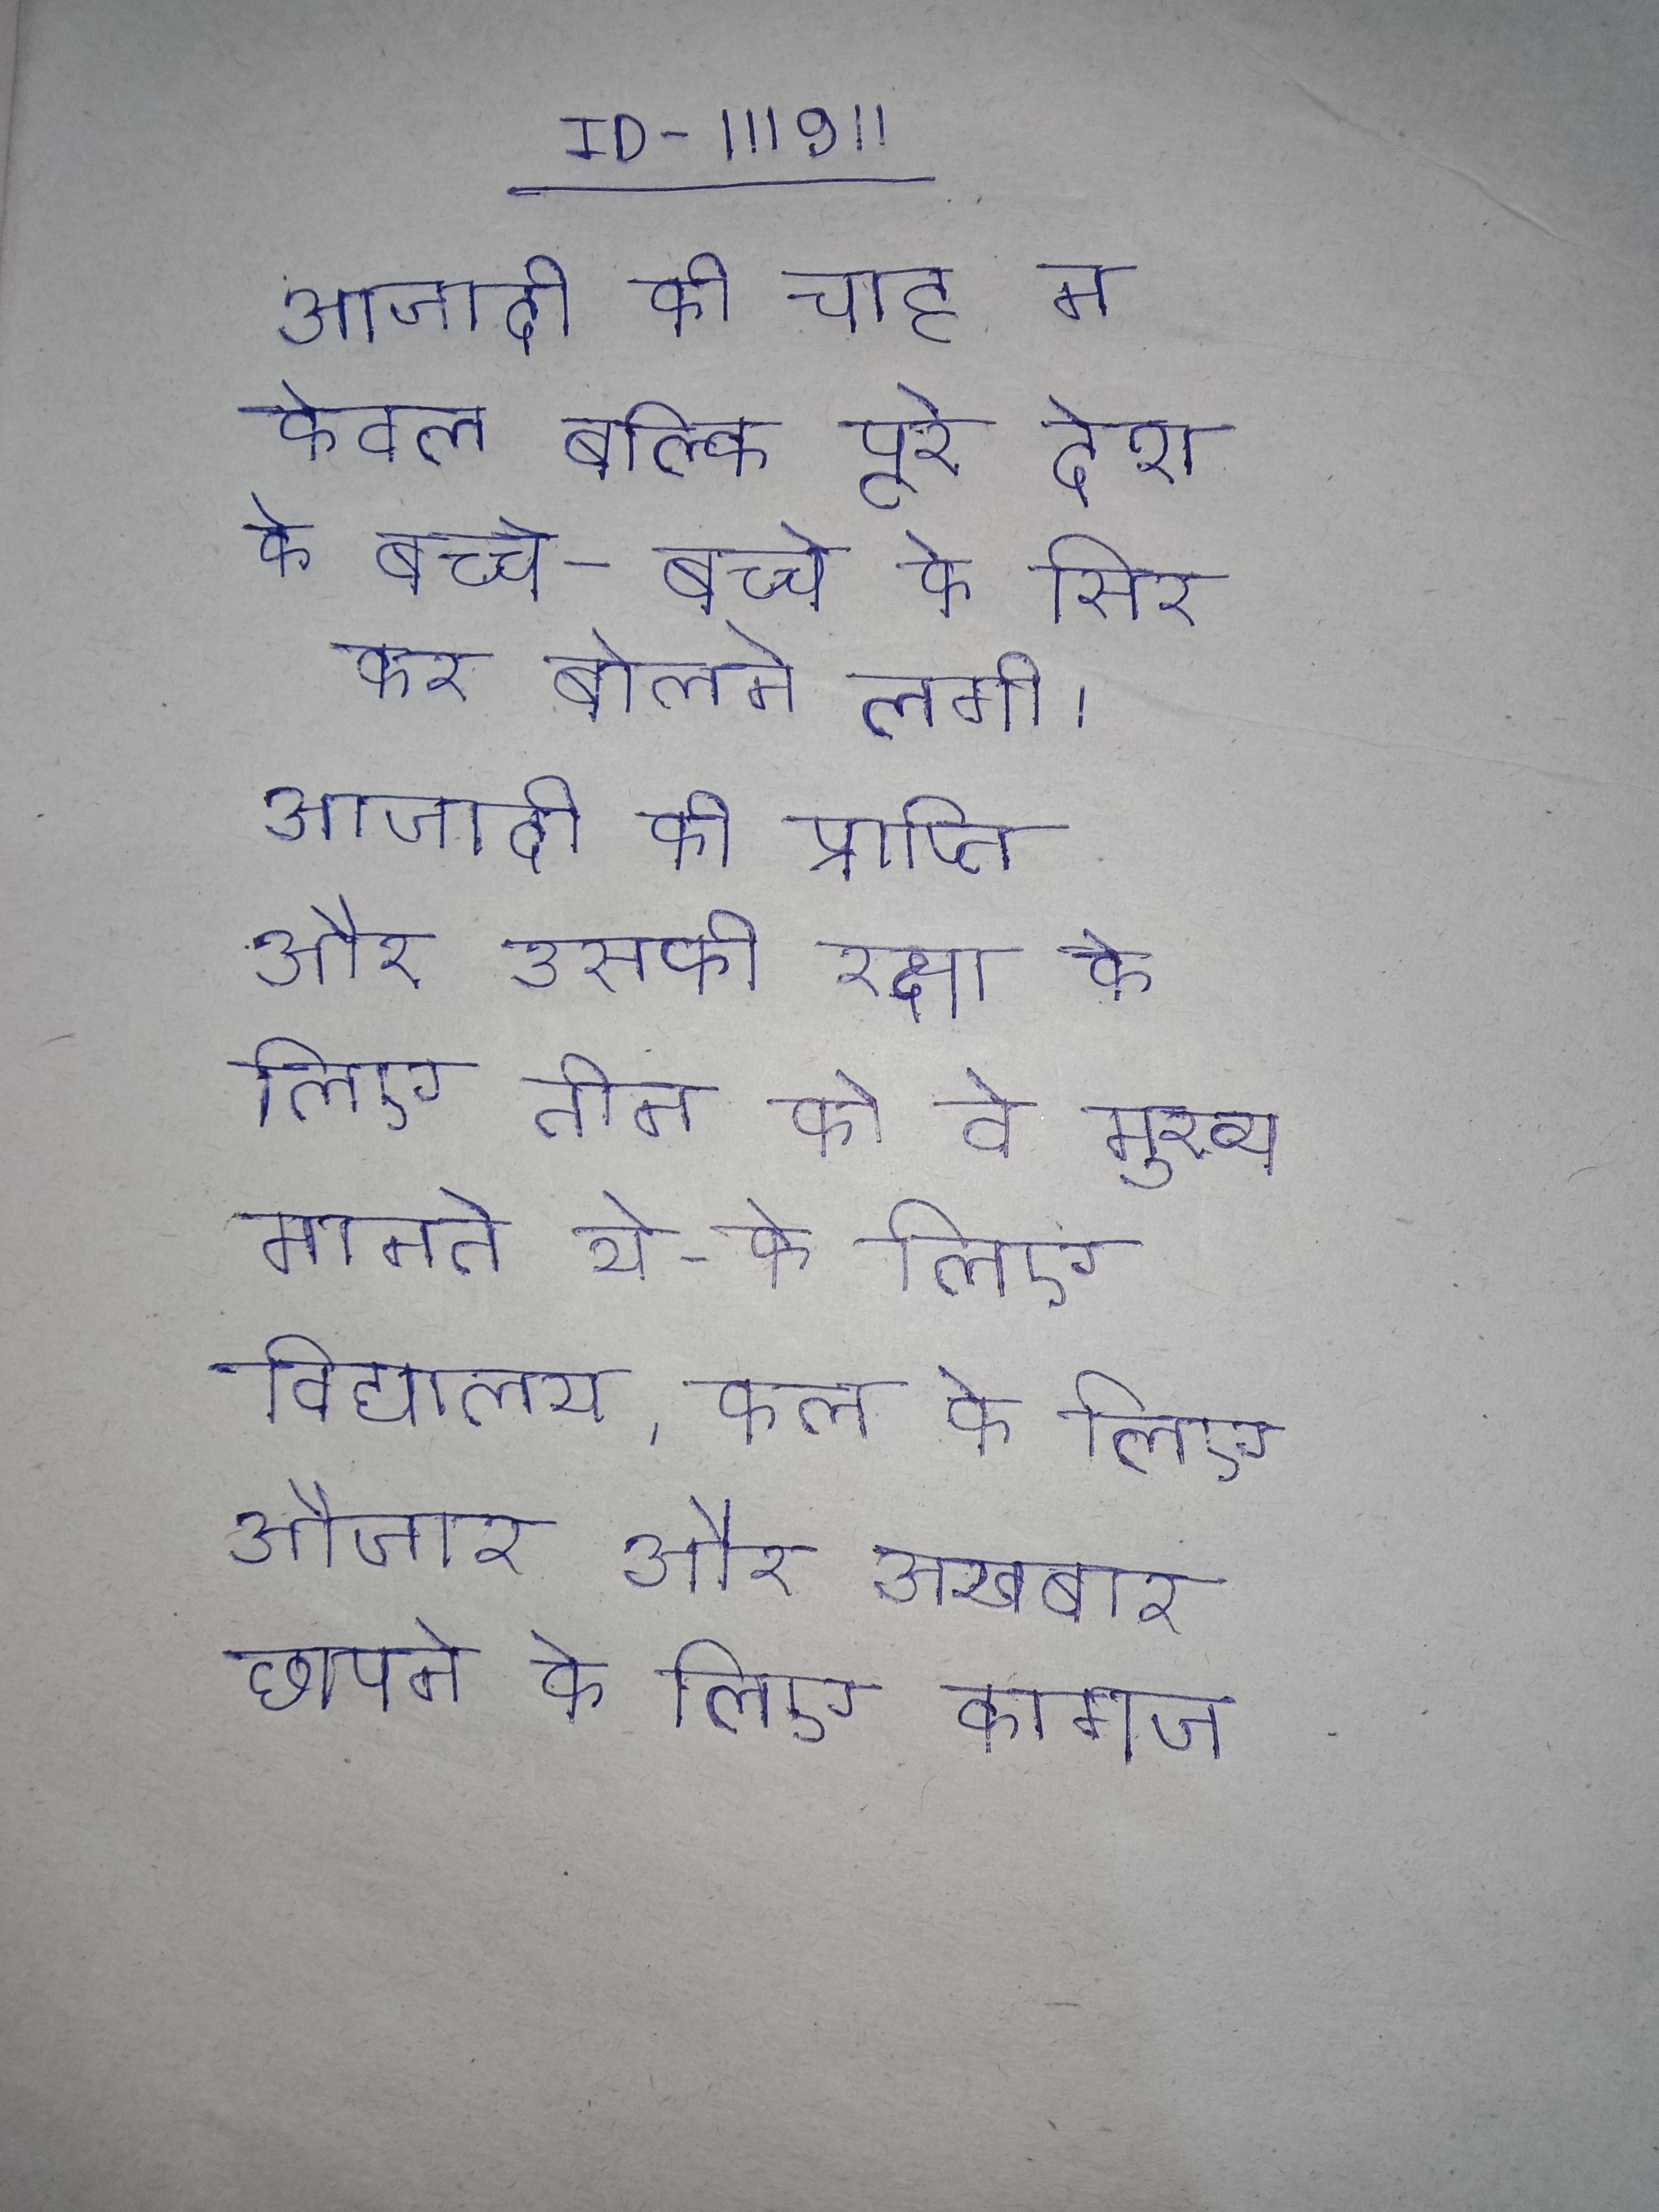
आजादी की चाह न केवल बल्कि पूरे देश के बच्चे-बच्चे के सिर कर बोलने लगी । आजादी की प्राप्ति और उसकी रक्षा के लिए तीन को वे मुख्य मानते थे - के लिए विद्यालय, कल के लिए औजार और अखबार छापने के लिए कागज ।